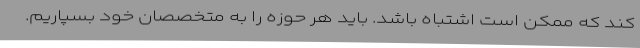
کند که ممکن است اشتباه باشد. باید هر حوزه را به متخصصان خود بسپاریم.